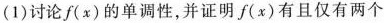
(1)讨论f(x)的单调性，并证明f(x)有且仅有两个